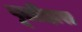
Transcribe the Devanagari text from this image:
पूलीहारा